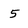
Character: 5